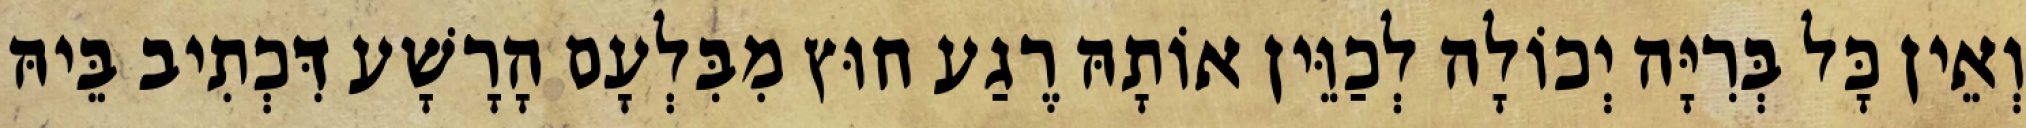
וְאֵין כָּל בְּרִיָּה יְכוֹלָה לְכַוֵּין אוֹתָהּ רֶגַע חוּץ מִבִּלְעָם הָרָשָׁע דִּכְתִיב בֵּיהּ